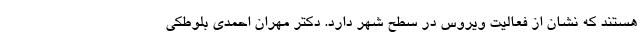
هستند که نشان از فعالیت ویروس در سطح شهر دارد. دکتر مهران احمدی بلوطکی